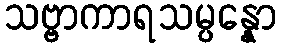
သဗ္ဗာကာရသမ္ပန္နော